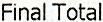
FINAL TOTAL